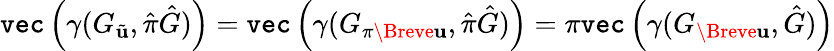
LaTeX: \texttt{vec}\left(\gamma(G_{\tilde{\mathbf{u}}},\hat{\pi}\hat{G})\right)=\texttt{vec}\left(\gamma(G_{\pi\Breve{\mathbf{u}}},\hat{\pi}\hat{G})\right)=\pi\texttt{vec}\left(\gamma(G_{\Breve{\mathbf{u}}},\hat{G})\right)